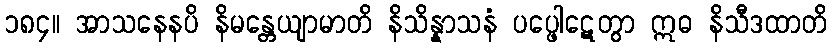
၁၈၄။ အာသနေနပိ နိမန္တေယျာမာတိ နိသိန္နာသနံ ပပ္ဖေါဋေတွာ ဣဓ နိသီဒထာတိ